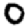
Digit: 0